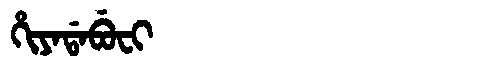
Manchu: ᡥᡳᠶᠠᡩᠠᠪᡠᠸᡳ
Romanization: HIYADABUFI